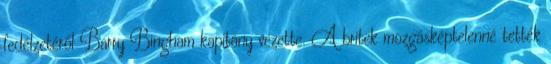
fedélzetéről Barry Bingham kapitány vezette. A britek mozgásképtelenné tették